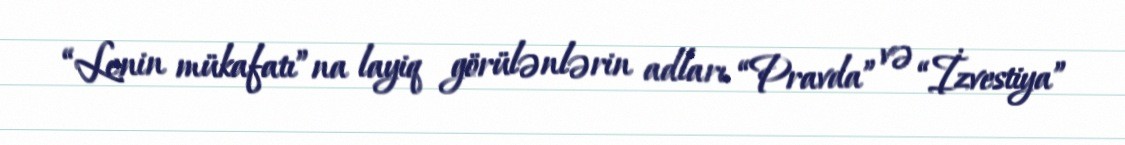
“Lenin mükafatı”na layiq görülənlərin adları “Pravda” və “İzvestiya”